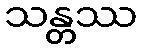
သန္တဿ